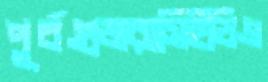
পূর্বগুজরাসিইডিএ